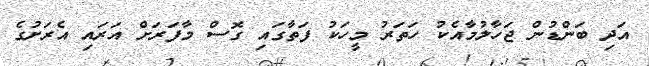
އަދި ބަންޑުން ޖަހާލުމާއެކު ހަތަރު މީހަކު ފަތާގައި ގޮސް މާފަރަށް އަރައި އެރަށުގެ